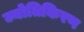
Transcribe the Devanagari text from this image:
ज्योतिकिरण